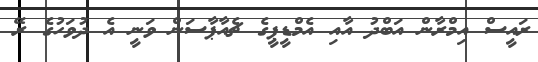
ރައީސް އިމްރާން އަބްދު އާއި އެމްޑީޕީގެ ޗެއާޕާސަން ވަނީ އެ ދުވަހުގެ ރޭ